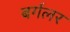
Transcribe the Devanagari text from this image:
बर्गलर